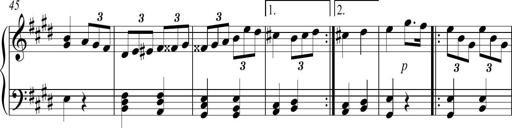
Title: Sonatina no. 2
Composer: Brian Henderson-Sellers
Key: G major